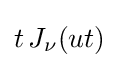
t\,J_{\nu }(ut)